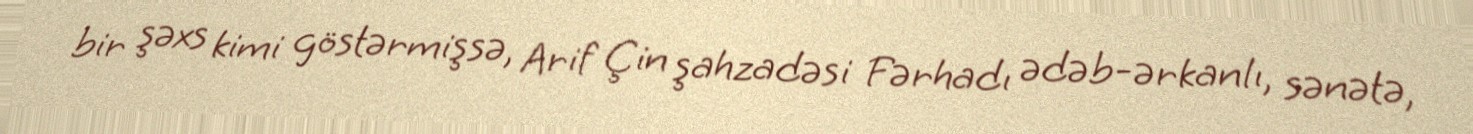
bir şəxs kimi göstərmişsə, Arif Çin şahzadəsi Fərhadı ədəb-ərkanlı, sənətə,